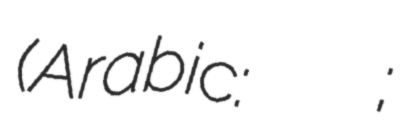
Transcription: (Arabic: أسد بن الفرات;